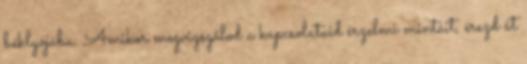
béklyójába. Amikor megvizsgálod a kapcsolataid érzelmi mintáit, érezd át